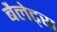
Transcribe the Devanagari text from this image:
बैलेट्स